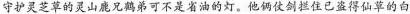
守护灵芝草的灵山鹿兄鹤弟可不是省油的灯。他俩仗剑拦住已盗得仙草的白